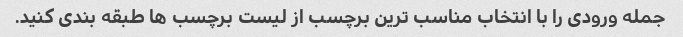
جمله ورودی را با انتخاب مناسب ترین برچسب از لیست برچسب ها طبقه بندی کنید.